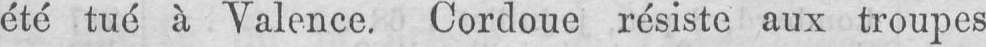
été tué à Valence. Cordoue résiste aux troupes